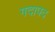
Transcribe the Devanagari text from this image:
गदापद